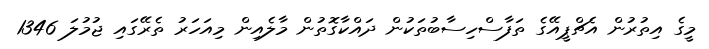
މީގެ އިތުރުން އެޗްޕީއޭގެ ތަފާސްހިސާބުތަކުން ދައްކާގޮތުން މާލެއިން މިއަހަރު ތެރޭގައި ޖުމުލަ 1346